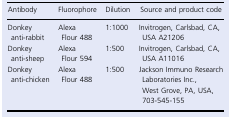
| Antibody | Fluorophore | Dilution | Source and product code |
 | --- | --- | --- | --- |
 | Donkey anti‐rabbit | Alexa Flour 488 | 1:1000 | Invitrogen, Carlsbad, CA, USA A21206 |
 | Donkey anti‐sheep | Alexa Flour 594 | 1:500 | Invitrogen, Carlsbad, CA, USA A11016 |
 | Donkey anti‐chicken | Alexa Flour 488 | 1:500 | Jackson Immuno Research Laboratories Inc., West Grove, PA, USA, 703‐545‐155 |